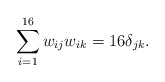
\begin{align*}\sum_{i=1}^{16} w_{ij} w_{ik} = 16 \delta_{jk}.\end{align*}